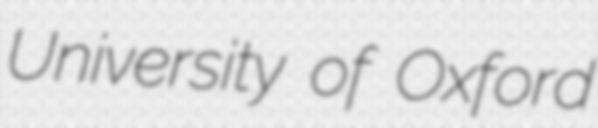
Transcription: University of Oxford